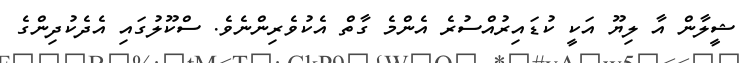
ޝީލާން އާ ލިޔޫ އަކީ ކުޑައިރުއްސުރެ އެންމެ ގާތް އެކުވެރިންނެވެ. ސްކޫލުގައި އެދެކުދިންގެ